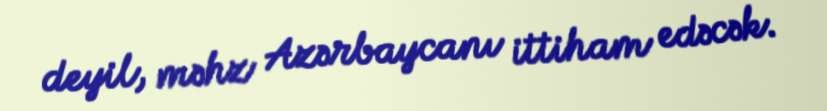
deyil, məhz Azərbaycanı ittiham edəcək.